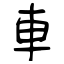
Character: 車